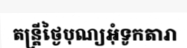
តន្ត្រីថ្ងៃបុណ្យអុំទូកតារា